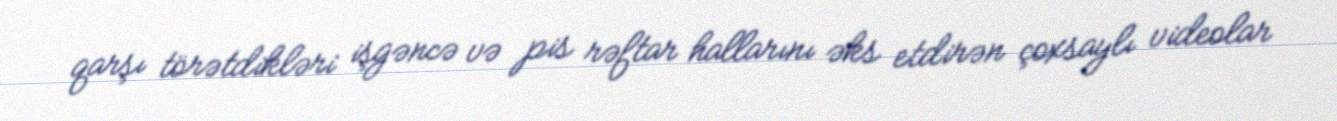
qarşı törətdikləri işgəncə və pis rəftar hallarını əks etdirən çoxsaylı videolar